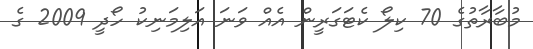
މުބާރާތުގެ 70 ކިލޯ ކެޓަގަރީން އެއް ވަނަ އަލިމަނިކު ހޯދީ 2009 ގެ